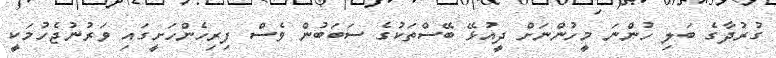
ގުރުދާގެ ބަލި ހުންނަ މީހުންނަށް ދީއުޅޭ ބޭސްތަކުގެ ސަބަބުން ވެސް ފިރިހެންހަށީގައި ވަރުނުޖެހުމަކީ